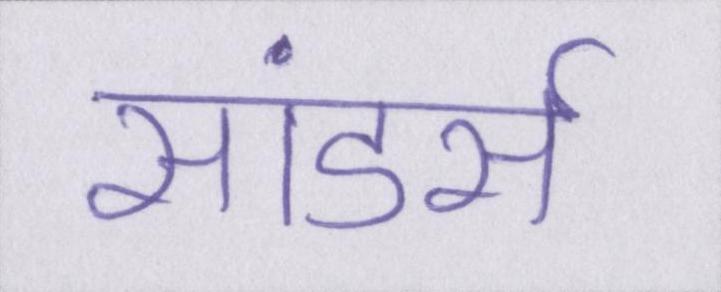
सांडर्स